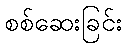
စစ်ဆေးခြင်း